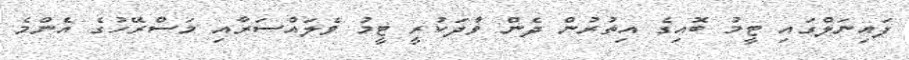
ފައިނަލްގައި ޓީމު ބޮއިގެ އިތުރުން ދެން ވާދަކުރީ ޓީމު ވެލައްސަރާއި މަސްރޭހުގެ އެންމެ